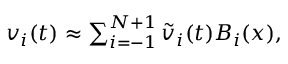
\begin{array} { r } { v _ { i } ( t ) \approx \sum _ { i = - 1 } ^ { N + 1 } \widetilde v _ { i } ( t ) B _ { i } ( x ) , } \end{array}